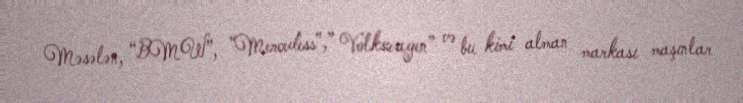
Məsələn, “BMW”, “Mercedess”,” Volkswagen” və bu kimi alman markası maşınlar